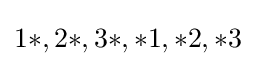
1*,2*,3*,*1,*2,*3